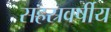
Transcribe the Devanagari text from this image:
सहस्रवर्षीय